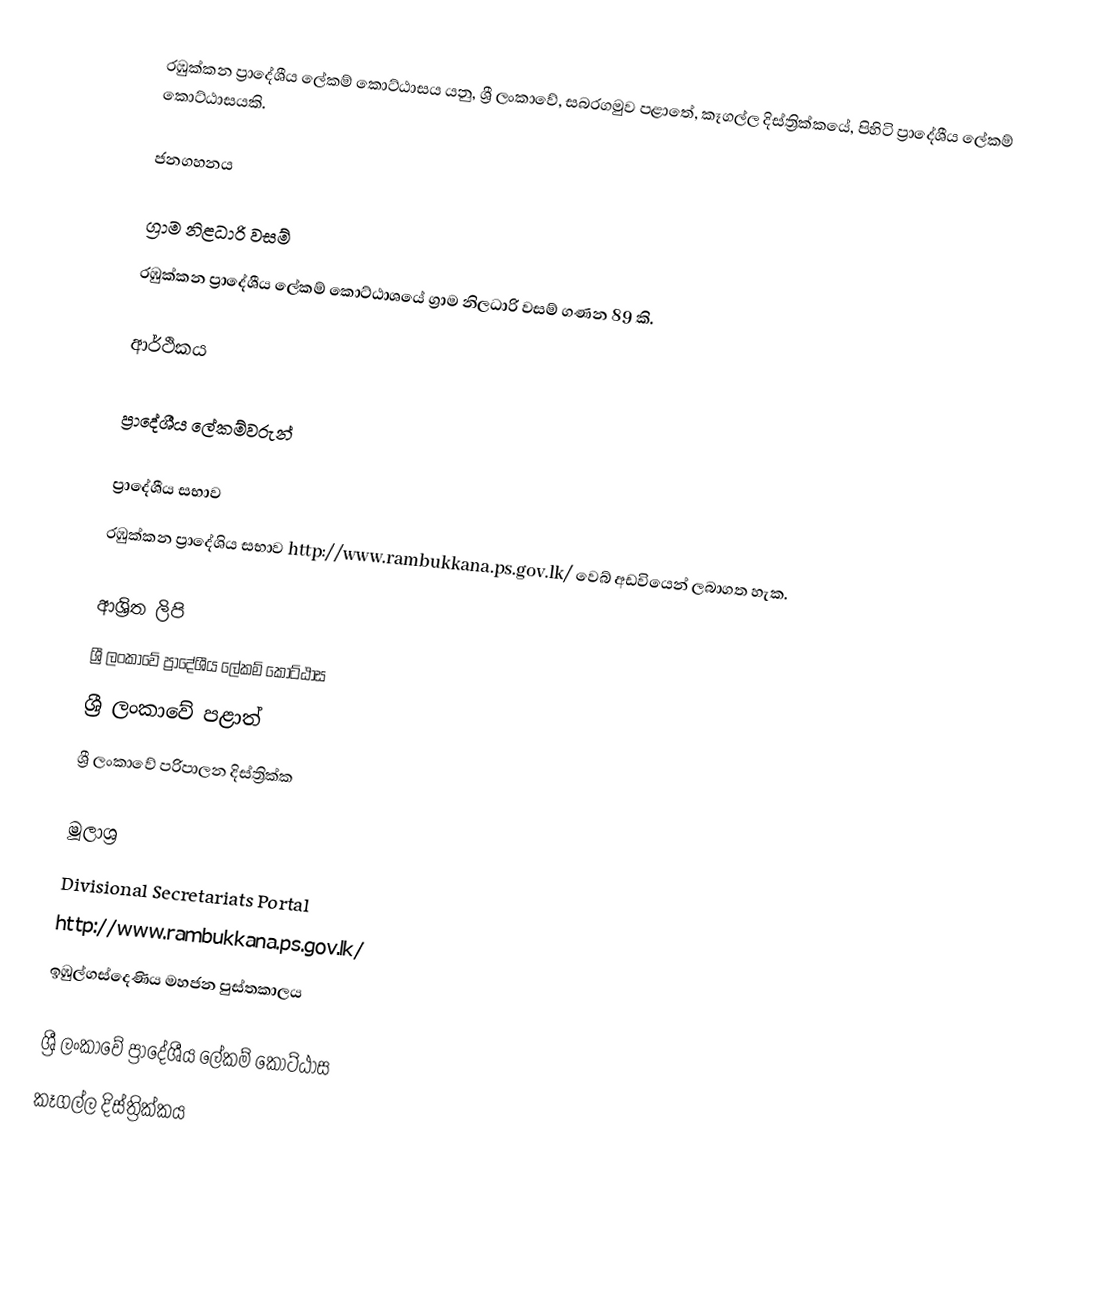
රඹුක්කන ප්‍රාදේශීය ලේකම් කොට්ඨාසය යනු,  ශ්‍රී ලංකාවේ, සබරගමුව පළාතේ,   කෑගල්ල දිස්ත්‍රික්කයේ, පිහිටි ප්‍රාදේශීය ලේකම් කොට්ඨාසයකි.

ජනගහනය

ග්‍රාම නිළධාරි වසම්
රඹුක්කන ප්‍රාදේශීය ලේකම් කොට්ඨාශයේ ග්‍රාම නිලධාරි වසම් ගණන 89 කි.

ආර්ථිකය

ප්‍රාදේශීය ලේකම්වරුන්

ප්‍රාදේශීය සභාව
රඹුක්කන ප්‍රාදේශිය සභාව http://www.rambukkana.ps.gov.lk/  වෙබ් අඩවියෙන් ලබාගත හැක.

ආශ්‍රිත ලිපි
ශ්‍රී ලංකාවේ ප්‍රාදේශීය ලේකම් කොට්ඨාස
ශ්‍රී ලංකාවේ පළාත්
ශ්‍රී ලංකාවේ පරිපාලන දිස්ත්‍රික්ක

මූලාශ්‍ර
 Divisional Secretariats Portal
 http://www.rambukkana.ps.gov.lk/
ඉඹුල්ගස්දෙණිය මහජන පුස්තකාලය

ශ්‍රී ලංකාවේ ප්‍රාදේශීය ලේකම් කොට්ඨාස
කෑගල්ල දිස්ත්‍රික්කය